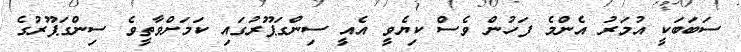
ސަބަބަކީ އުމަރު އެންމެ ފަހުން ވެސް ކިޔެވީ އެއީ ސިންގަޕޫރުގައި ކަމަށްވާތީވެ ސިންގަޕޫރުގެ